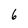
Character: 6